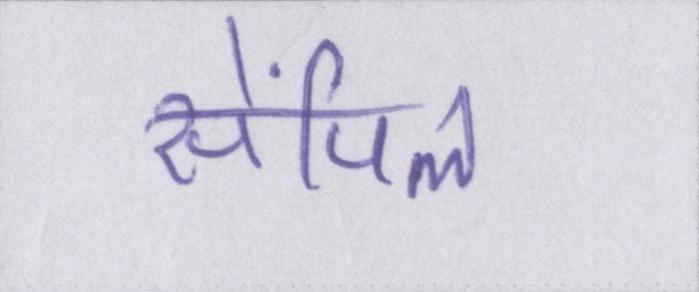
सेंपिल